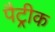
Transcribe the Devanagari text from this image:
पैट्रीक